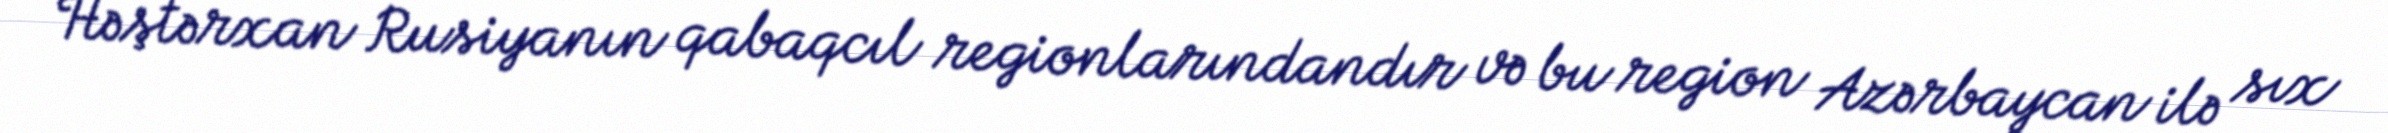
Həştərxan Rusiyanın qabaqcıl regionlarındandır və bu region Azərbaycan ilə sıx